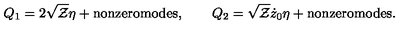
Q _ { 1 } = 2 \sqrt { \cal Z } \eta + \mathrm { n o n z e r o m o d e s } , \qquad Q _ { 2 } = \sqrt { \cal Z } \dot { z } _ { 0 } \eta + \mathrm { n o n z e r o m o d e s } .